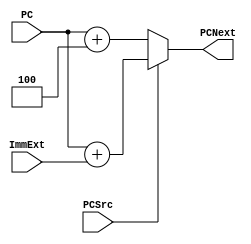
module PC_Calc#(parameter width = 32)
    (
        input [width-1:0] ImmExt, PC,
        input PCSrc,
        output reg [width-1:0] PCNext
    );

    always @(*) begin
        if (PCSrc) begin
            PCNext <= PC + ImmExt;            
        end
        else begin
            PCNext <= PC + 32'd4;
        end
    end
endmodule